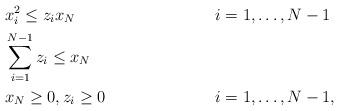
LaTeX: \begin{align*}& x_i^2 \le z_i x_N \ &i&=1,\dots, N-1 \\& \sum_{i=1}^{N-1} z_{i} \le x_N \\& x_N \ge 0, z_i \ge 0 \ &i&=1,\dots, N-1 ,\end{align*}